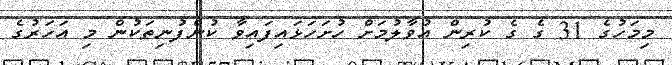
މިމަހުގެ 31 ގެ ގެ ކުރިން އުވާލުމަށް ހުށަހަޅައިފައިވާ ކުންފުނިތަކުން މި އަހަރުގެ